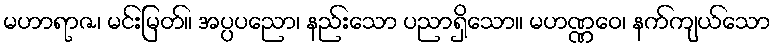
မဟာရာဇ၊ မင်းမြတ်။ အပ္ပပညော၊ နည်းသော ပညာရှိသော။ မဟဏ္ဏဝေ၊ နက်ကျယ်သော